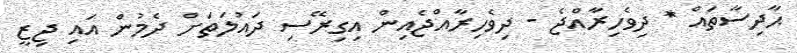
ޙާދިސާތައް * ދިވެހިރާއްޖެ - ދިވެހިރާއްޖެއިން އިގިރޭސި ދައުލަތަށް ދެމުން އައި ޖިޒީ